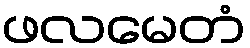
ဖလမေတံ